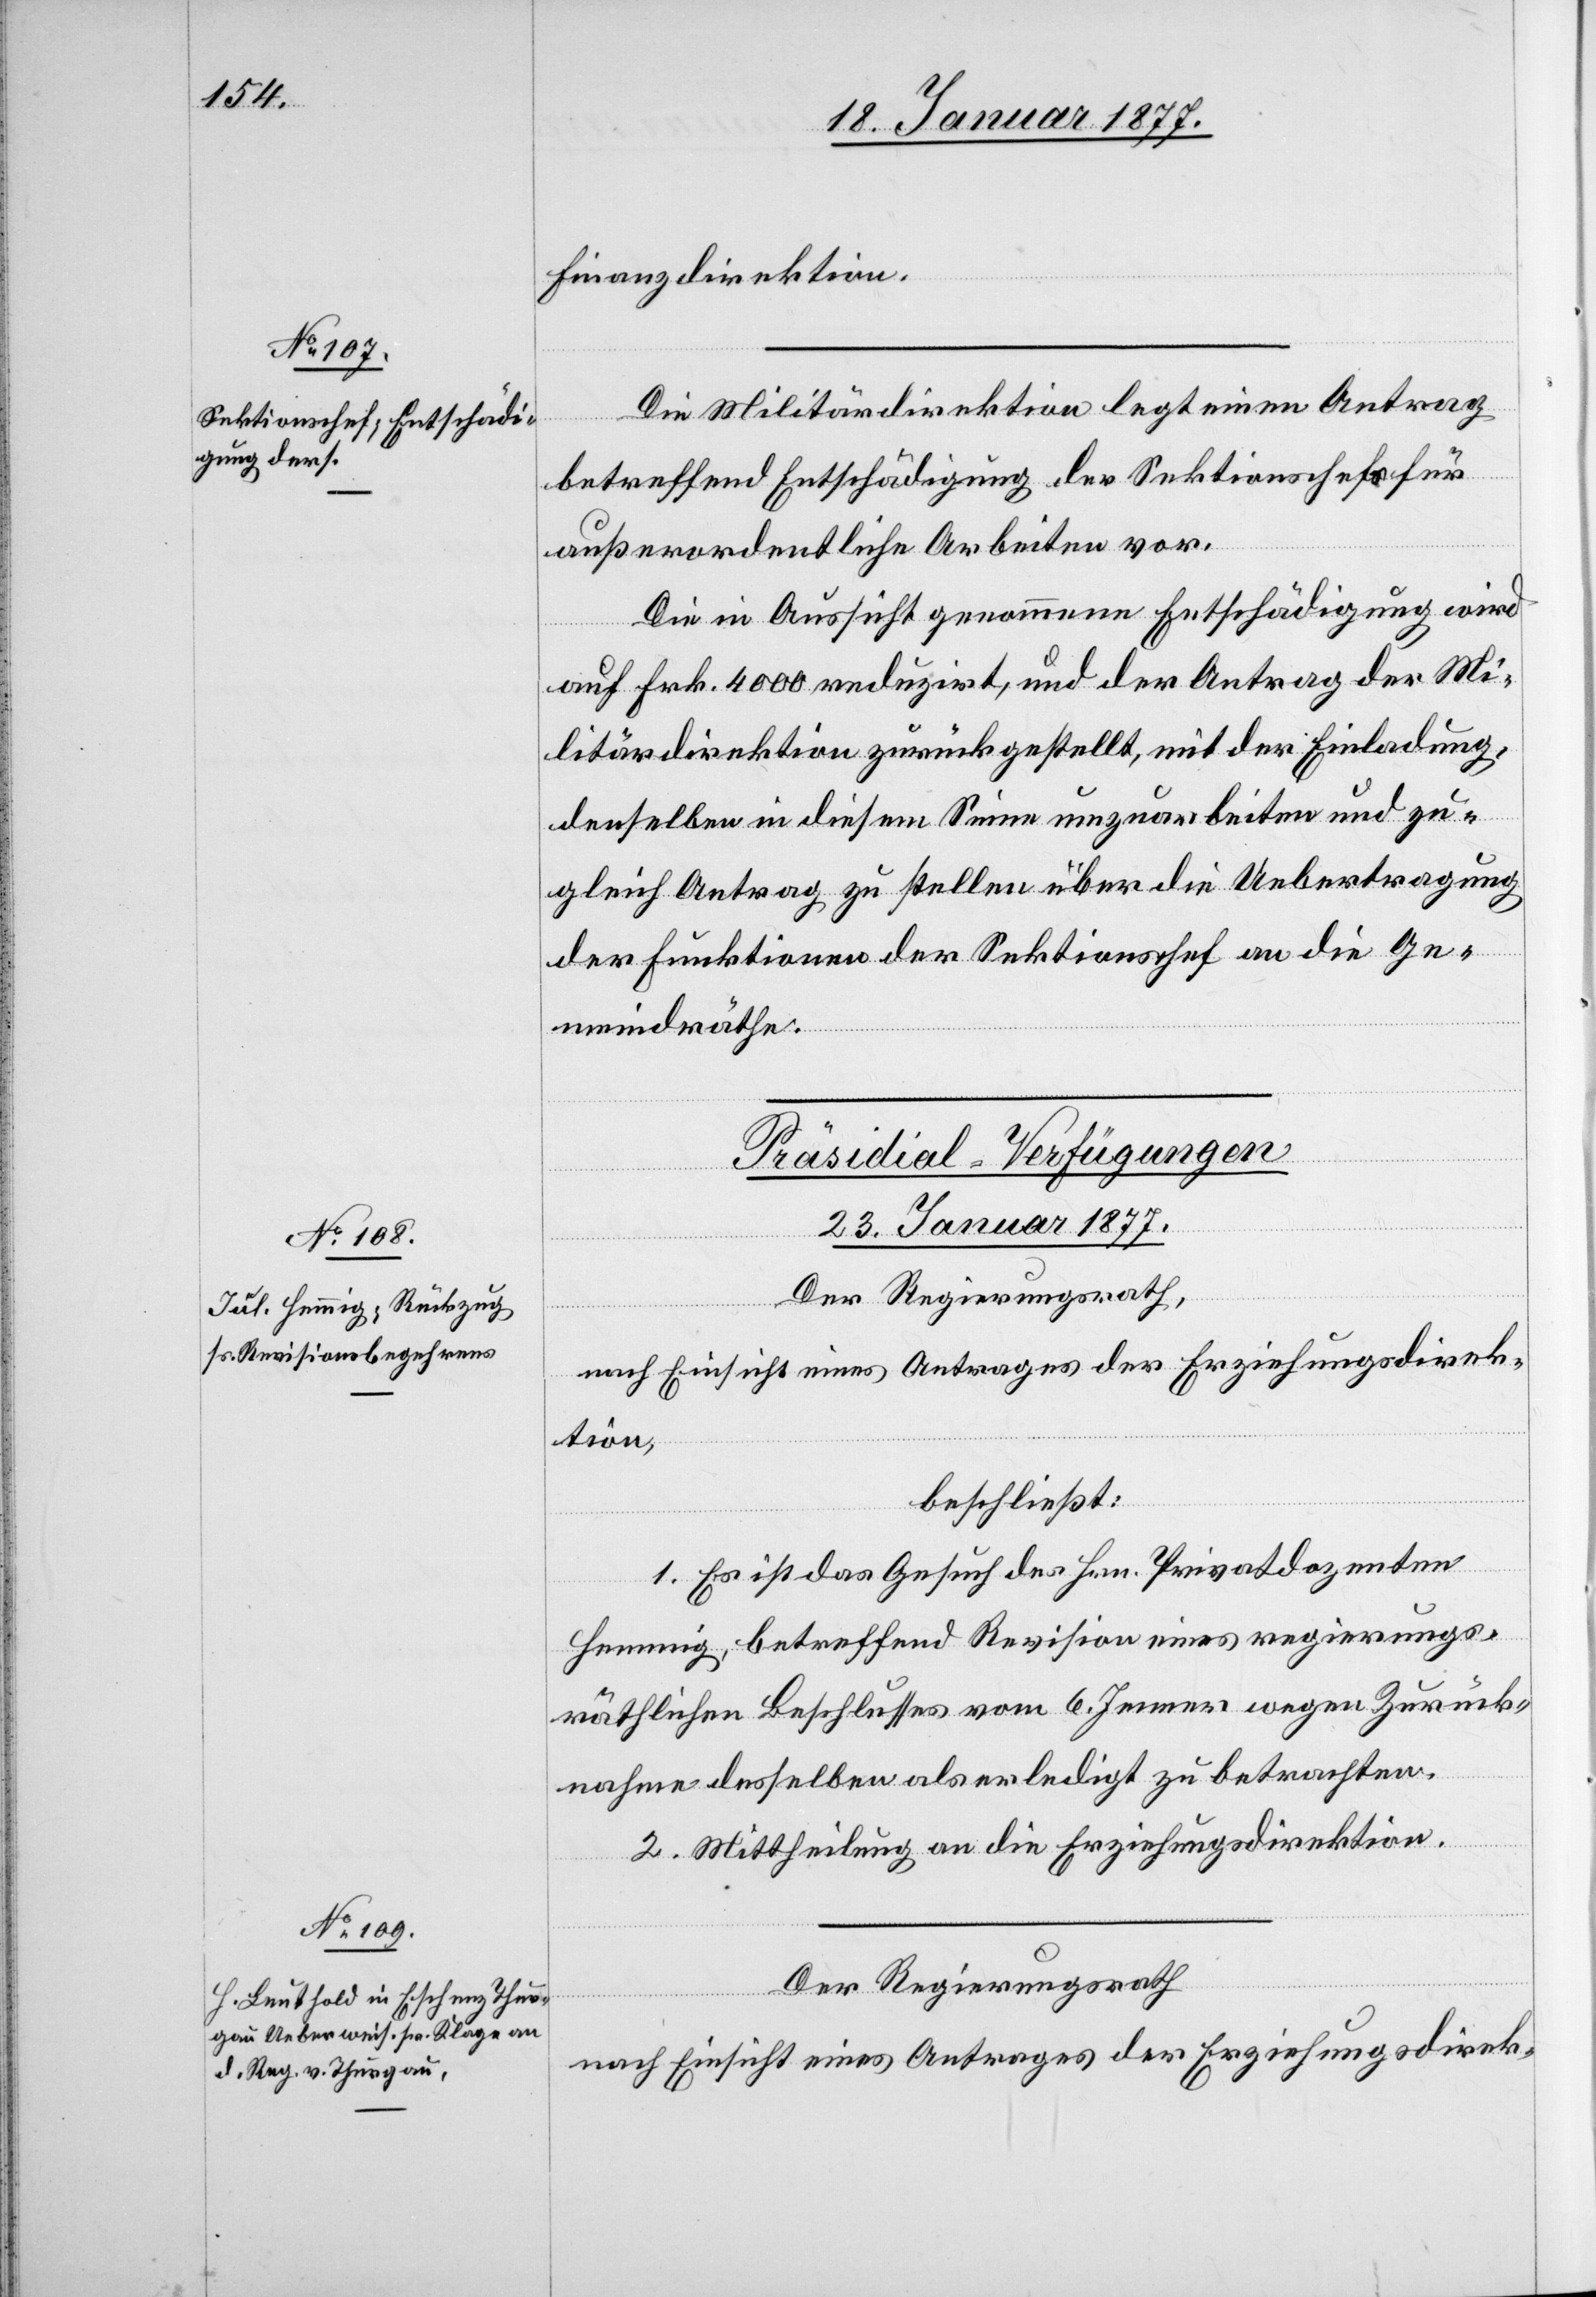
Finanzdirektion.
Die Militärdirektion legt einen Antrag
betreffend Entschädigung der Sektionschefs für
außerordentliche Arbeiten vor.
Die in Aussicht genommene Entschädigung wird
auf Frk. 4000 reduzirt, und der Antrag der Mi¬
litärdirektion zurückgestellt, mit der Einladung,
denselben in diesem Sinne umzuarbeiten und zu¬
gleich Antrag zu stellen über die Uebertragung
der Funktionen der Sektionschef[s] an die Ge¬
meindräthe.
[Präsidial-Verfügungen
23. Januar 1877.]
Der Regierungsrath,
nach Einsicht eines Antrages der Erziehungsdirek¬
tion,
beschließt:
1. Es ist das Gesuch des Hrn. Privatdozenten
Hemmig, betreffend Revision eines regierungs¬
räthlichen Beschlusses vom 6. Jenner wegen Zurück¬
nahme desselben als erledigt zu betrachten.
2. Mittheilung an die Erziehungsdirektion.
Der Regierungsrath
nach Einsicht eines Antrages der Erziehungsdirek-